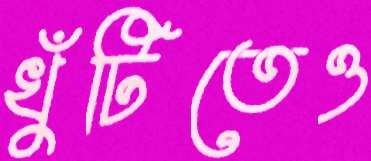
খুঁটিতেও